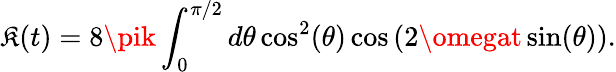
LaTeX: \mathfrak{K}(t)=8\pik\int_{0}^{\pi/2}d\theta\cos^{2}(\theta)\cos\left(2\omegat\sin(\theta)\right).